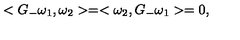
< G _ { - } \omega _ { 1 } , \omega _ { 2 } > = < \omega _ { 2 } , G _ { - } \omega _ { 1 } > = 0 ,